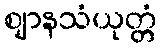
ဈာနသံယုတ္တံ